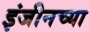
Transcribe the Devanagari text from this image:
इंजीनच्या